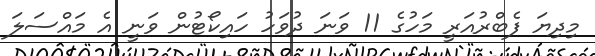
މިދިޔަ ފެބްރުއަރީ މަހުގެ 11 ވަނަ ދުވަހު ހައިކޯޓުން ވަނީ އެ މައްސަލަ